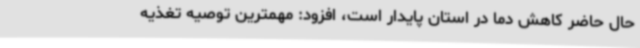
حال حاضر کاهش دما در استان پایدار است، افزود: مهمترین توصیه تغذیه